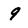
Character: 9